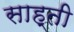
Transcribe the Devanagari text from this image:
साह्ती